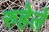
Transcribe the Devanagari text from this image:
रुहेले